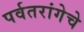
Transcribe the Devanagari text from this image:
पर्वतरांगेचे